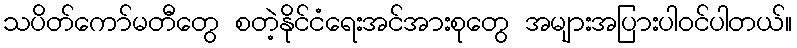
သပိတ်ကော်မတီတွေ စတဲ့နိုင်ငံရေးအင်အားစုတွေ အများအပြားပါဝင်ပါတယ်။